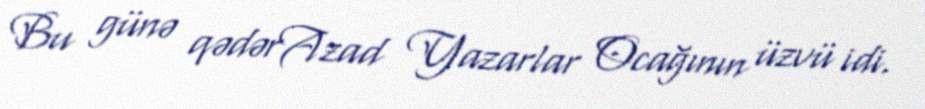
Bu günə qədərAzad Yazarlar Ocağının üzvü idi.